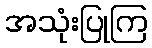
အသုံးပြုကြ